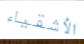
الأشقياء